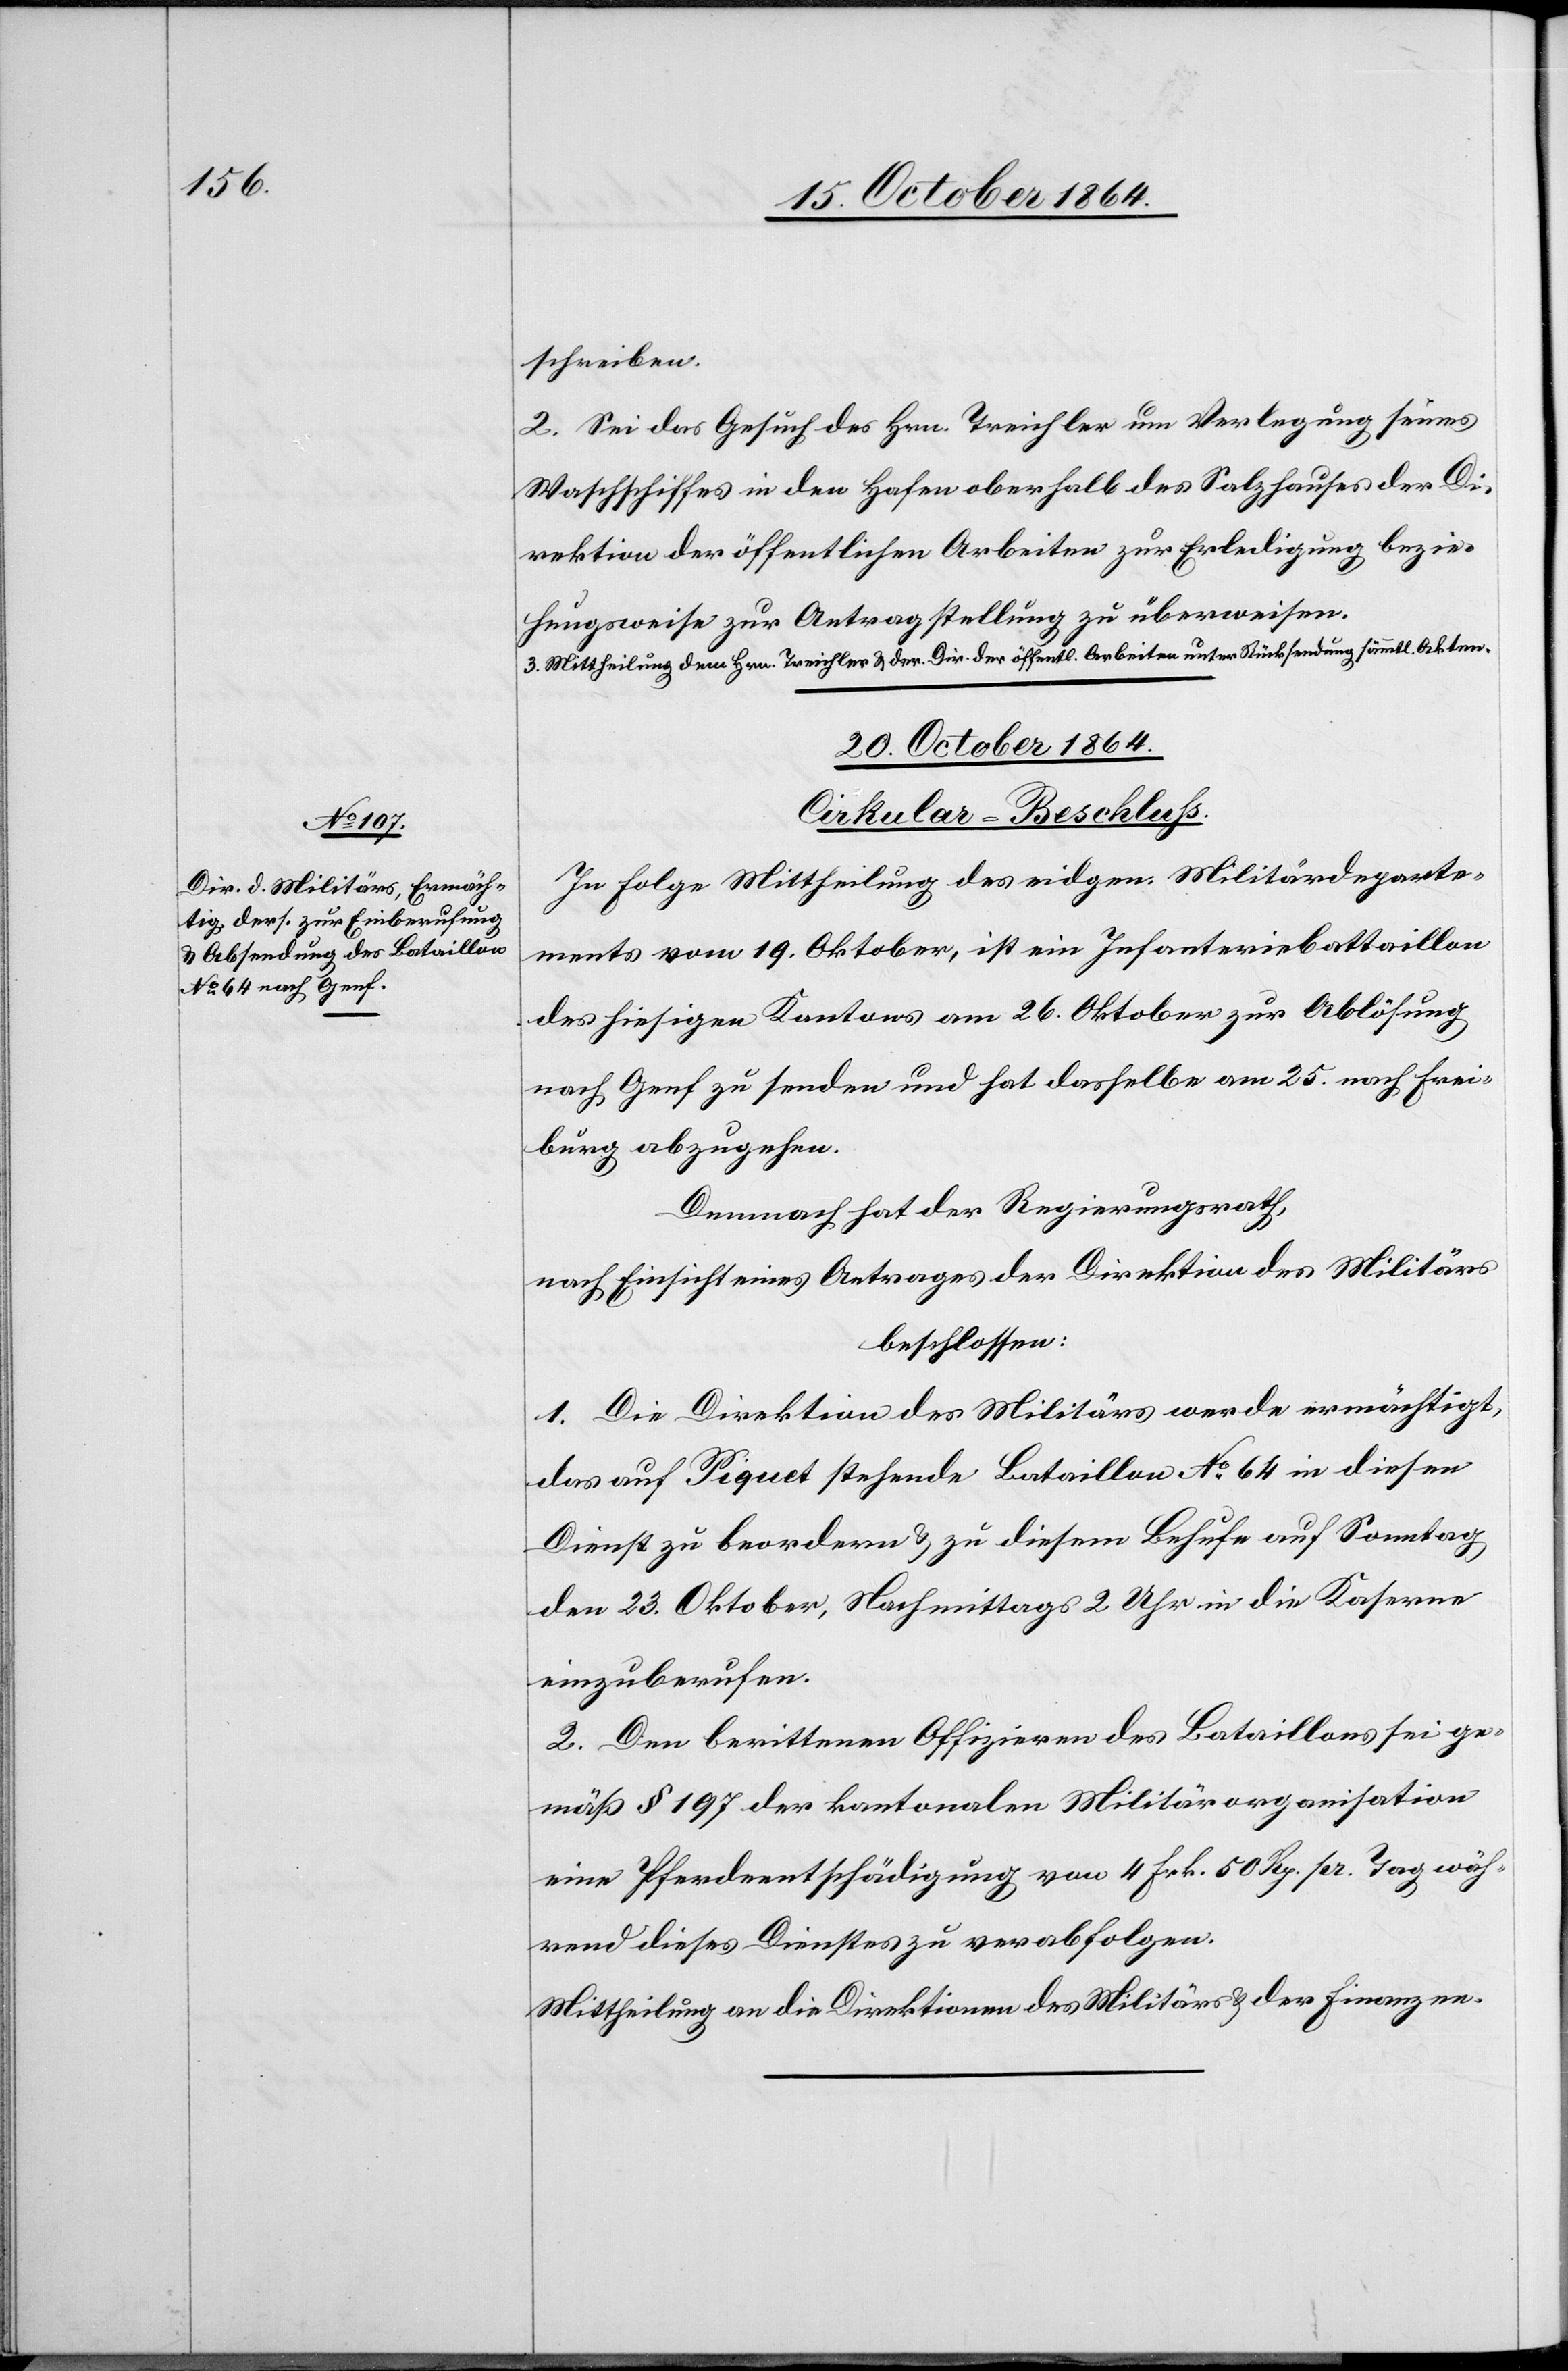
schreiben.
2. Sei das Gesuch des Hrn. Treichler um Verlegung seines
Waschschiffes in den Hafen oberhalb des Salzhauses der Di¬
rektion der öffentlichen Arbeiten zur Erledigung bezie¬
hungsweise zur Antragstellung zu überweisen.
a-3. Mittheilung dem Hrn. Treichler & der Dir. der öffentl. Arbeiten unter Rücksendung sämmtl. Akten.-a
20. October 1864.
Cirkular-Beschluss.
In Folge Mittheilung des eidgen. Militärdeparte¬
ments vom 19. Oktober, ist ein Infanteriebattaillon
des hiesigen Kantons am 26. Oktober zur Ablösung
nach Genf zu senden und hat dasselbe am 25. nach Frei¬
burg abzugehen.
Demnach hat der Regierungsrath,
nach Einsicht eines Antrages der Direktion des Militärs
beschlossen:
1. Die Direktion des Militärs werde ermächtigt,
das auf Piquet stehende Bataillon No 64 in diesen
Dienst zu beordern & zu diesem Behufe auf Sonntag
den 23. Oktober, Nachmittags 2 Uhr in die Kaserne
einzuberufen.
2. Den berittenen Offizieren des Bataillons sei ge¬
mäß § 197 der kantonalen Militärorganisation
eine Pferdentschädigung von 4 Frk. 50 Rp. pr. Tag wäh¬
rend dieses Dienstes zu verabfolgen.
Mittheilung an die Direktionen des Militärs & der Finanzen.